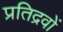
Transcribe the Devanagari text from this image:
प्रतिद्रवों